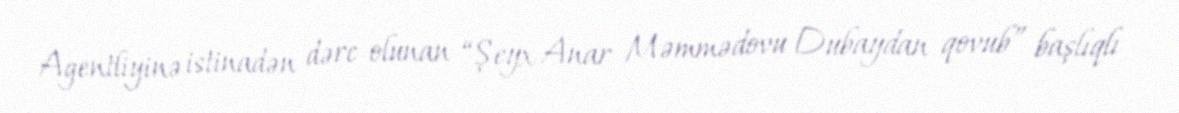
Agentliyinə istinadən dərc olunan “Şeyx Anar Məmmədovu Dubaydan qovub” başlıqlı